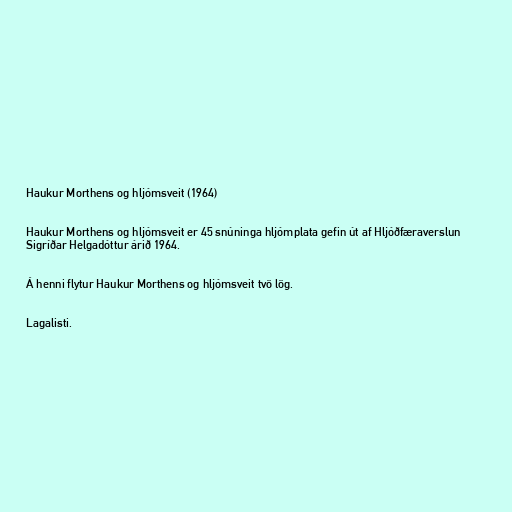
Haukur Morthens og hljómsveit (1964)

Haukur Morthens og hljómsveit er 45 snúninga hljómplata gefin út af Hljóðfæraverslun
Sigríðar Helgadóttur árið 1964.

Á henni flytur Haukur Morthens og hljómsveit tvö lög.

Lagalisti.